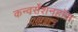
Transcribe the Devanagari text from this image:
कन्वर्सेशनहॉस